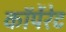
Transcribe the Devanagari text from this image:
काॅर्पेरेट